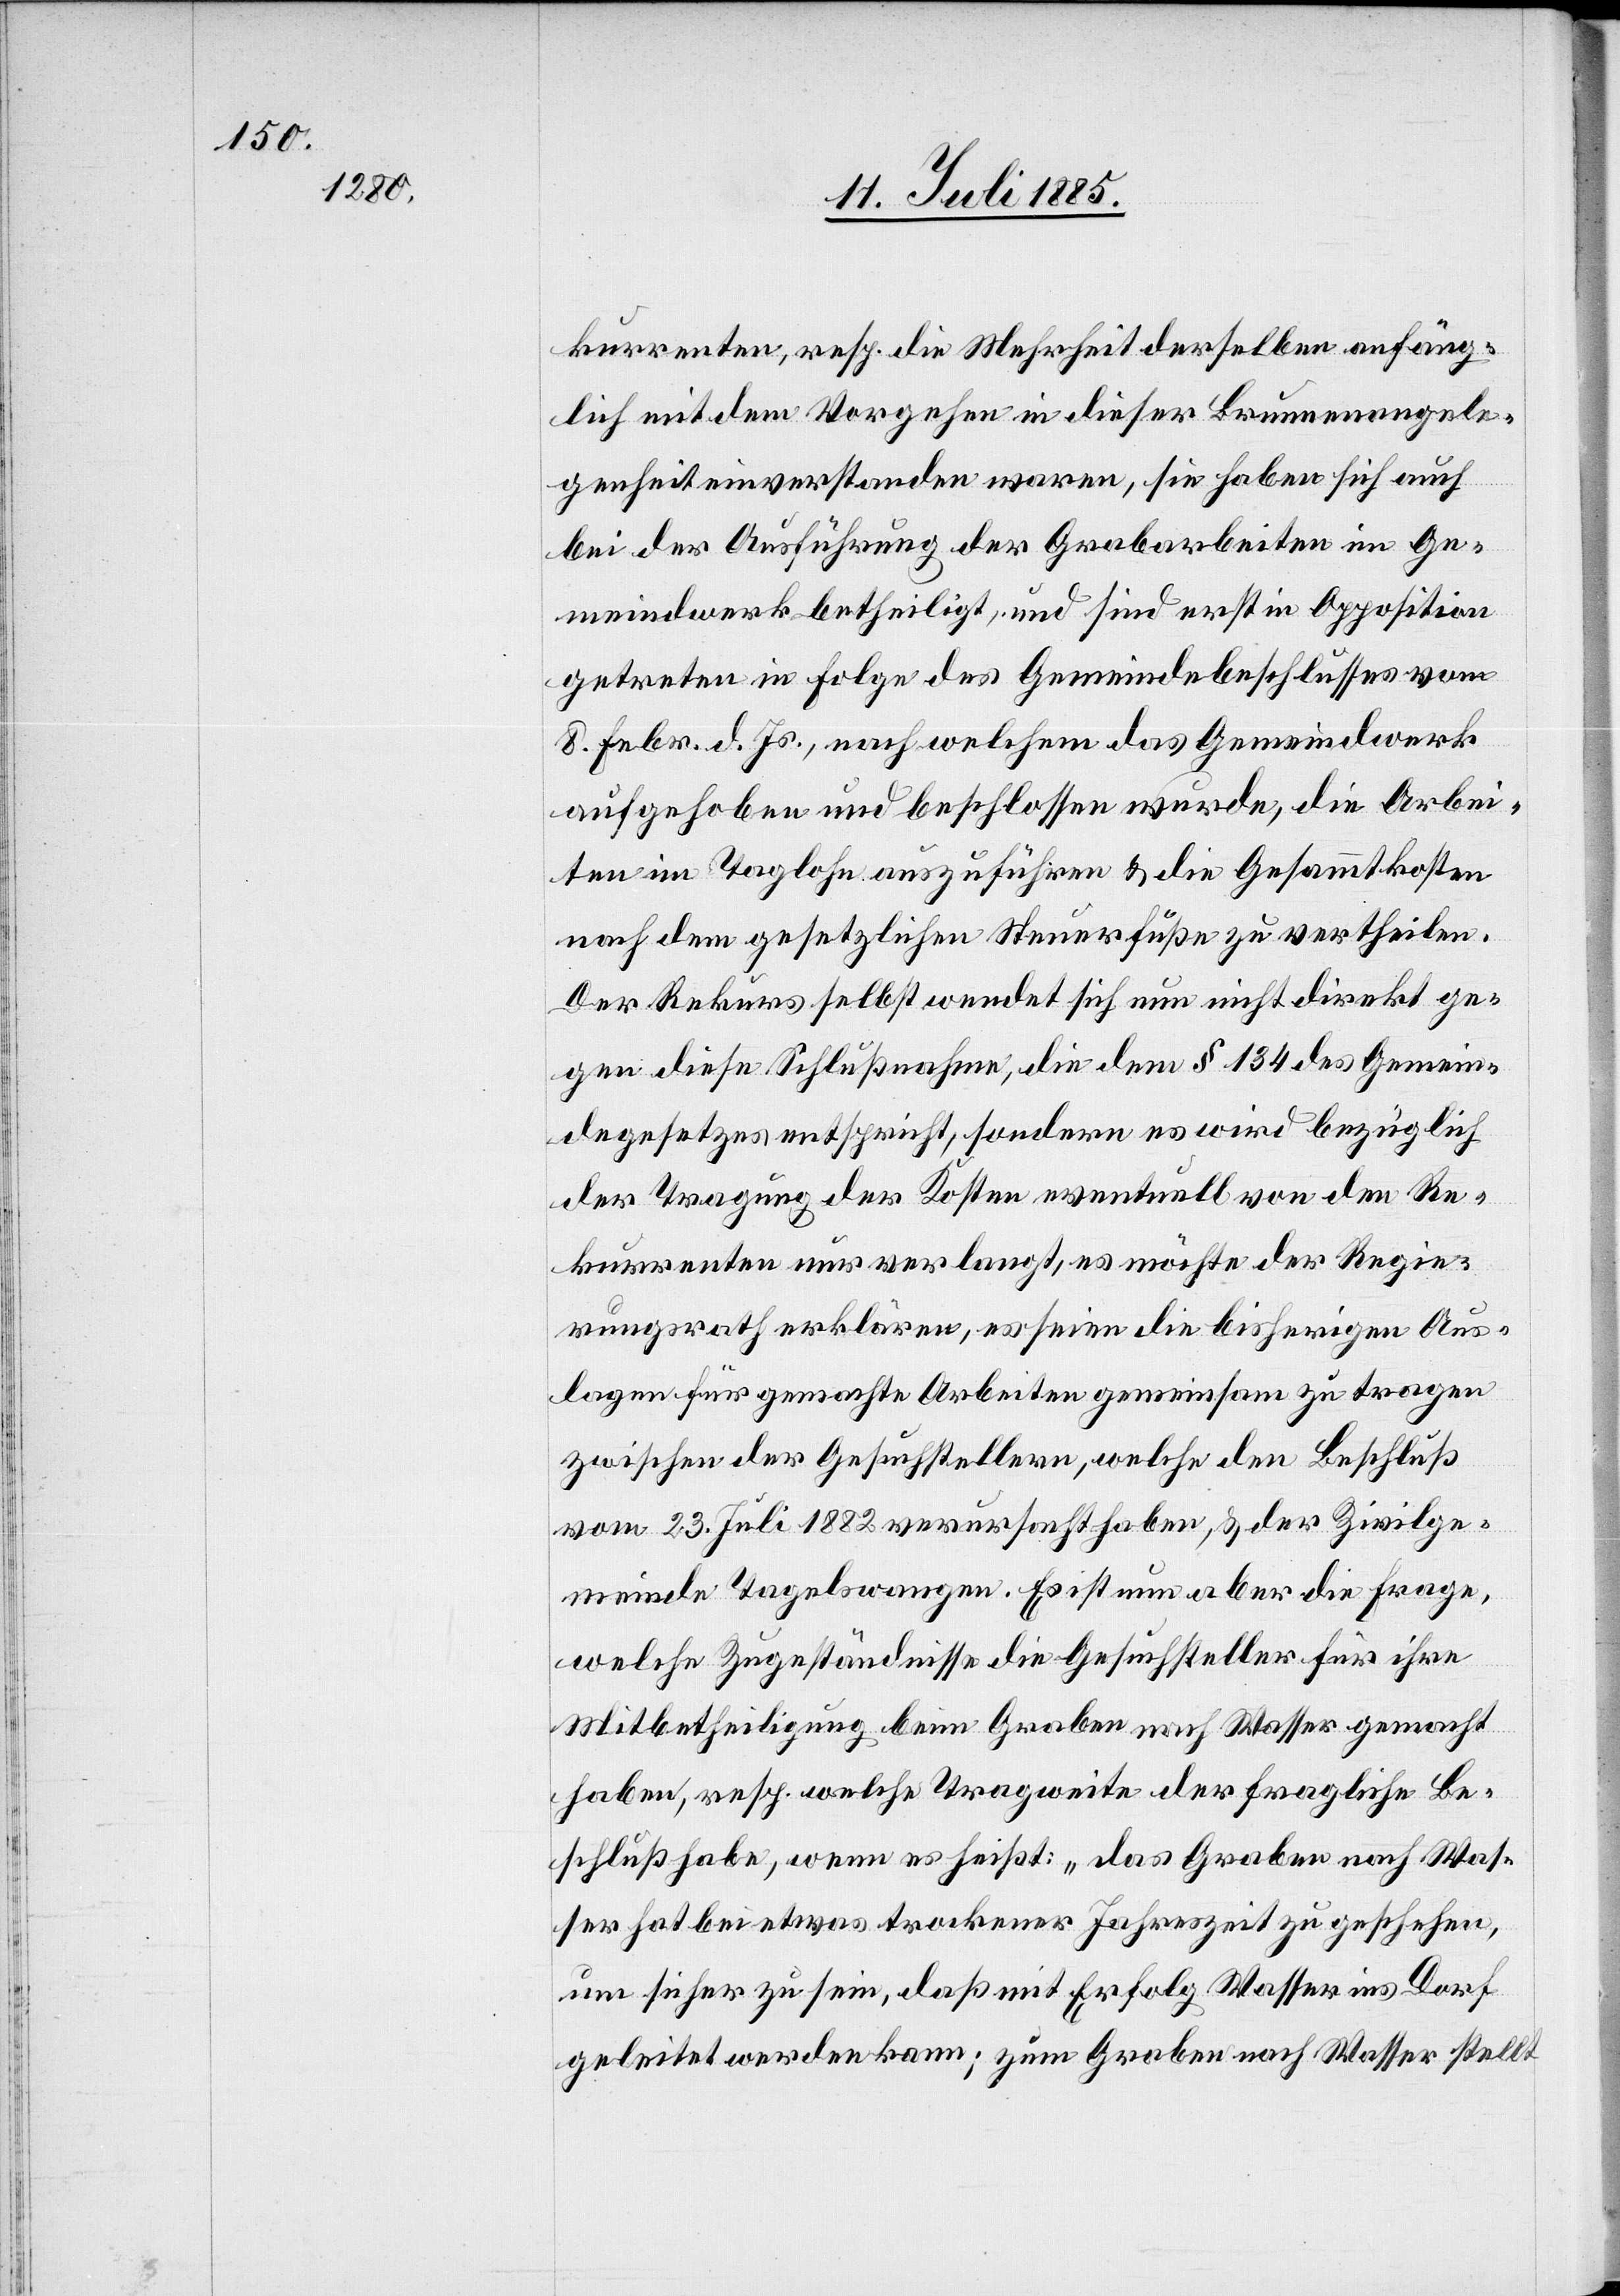
kurrenten, resp. die Mehrheit derselben anfäng¬
lich mit dem Vorgehen in dieser Brunnenangele¬
genheit einverstanden waren, sie haben sich auch
bei der Ausführung der Grabarbeiten im Ge¬
meindwerk betheiligt, und sind erst in Opposition
getreten in Folge des Gemeindebeschlusses vom
8. Febr. d. Js., nach welchem das Gemeindwerk
aufgehoben und beschlossen wurde, die Arbei¬
ten im Taglohn auszuführen & die Gesammtkosten
nach dem gesetzlichen Steuerfuße zu vertheilen.
Der Rekurs selbst wendet sich nun nicht direkt ge¬
gen diese Schlußnahme, die dem § 134 des Gemein¬
degesetzes entspricht, sondern es wird bezüglich
der Tragung der Kosten eventuell von den Re¬
kurrenten nur verlangt, es möchte der Regie¬
rungsrath erklären, es seien die bisherigen Aus¬
lagen für gemachte Arbeiten gemeinsam zu tragen
zwischen der Gesuchstellern [sic!], welche den Beschluß
vom 23. Juli 1882 verursacht haben, & der Zivilge¬
meinde Tagelswangen. Es ist nun aber die Frage,
welche Zugeständnisse die Gesuchsteller für ihre
Mitbetheiligung beim Graben nach Wasser gemacht
haben, resp. welche Tragweite der fragliche Be¬
schluß habe, wenn es heißt: „das Graben nach Was¬
ser hat bei etwas trockener Jahreszeit zu geschehen,
um sicher zu sein, daß mit Erfolg Wasser ins Dorf
geleitet werden kann; zum Graben nah Wasser stellt